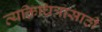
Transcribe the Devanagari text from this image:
व्यक्तिचित्रासाठी